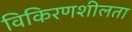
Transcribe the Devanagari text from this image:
विकिरणशीलता